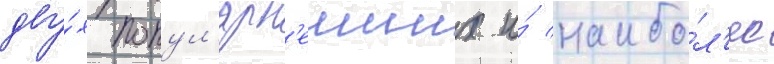
дву́х попул'ярн'еиших и́ наибо́л'ее